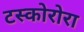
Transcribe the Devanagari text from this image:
टस्कोरोरा